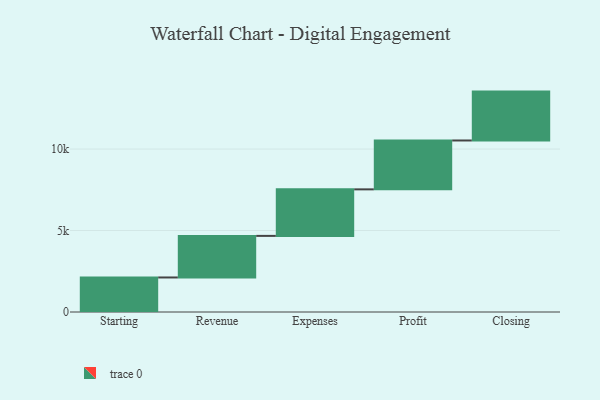
{"axis": {"x": "Step", "y": "Value"}, "legend": [""], "data": [{"x": "Starting", "y": 2119.0, "type": ""}, {"x": "Revenue", "y": 2552.0, "type": ""}, {"x": "Expenses", "y": 2856.0, "type": ""}, {"x": "Profit", "y": 3000, "type": ""}, {"x": "Closing", "y": 3000, "type": ""}]}